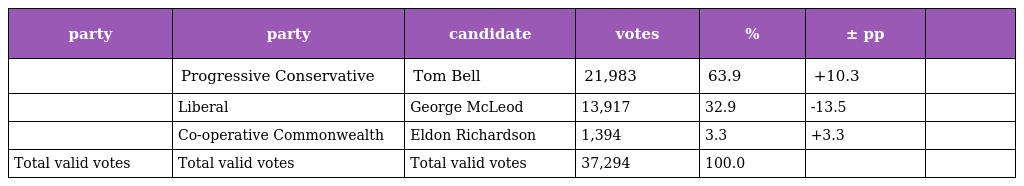
| party | party | candidate | votes | % | ± pp |  |
 | --- | --- | --- | --- | --- | --- | --- |
 |  | Progressive Conservative | Tom Bell | 21,983 | 63.9 | +10.3 |  |
 |  | Liberal | George McLeod | 13,917 | 32.9 | -13.5 |  |
 |  | Co-operative Commonwealth | Eldon Richardson | 1,394 | 3.3 | +3.3 |  |
 | Total valid votes | Total valid votes | Total valid votes | 37,294 | 100.0 |  |  |